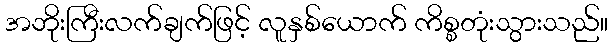
အဘိုးကြီးလက်ချက်ဖြင့် လူနှစ်ယောက် ကိစ္စတုံးသွားသည်။